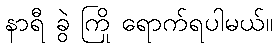
နာရီ ခွဲ ကြို ရောက်ရပါမယ်။